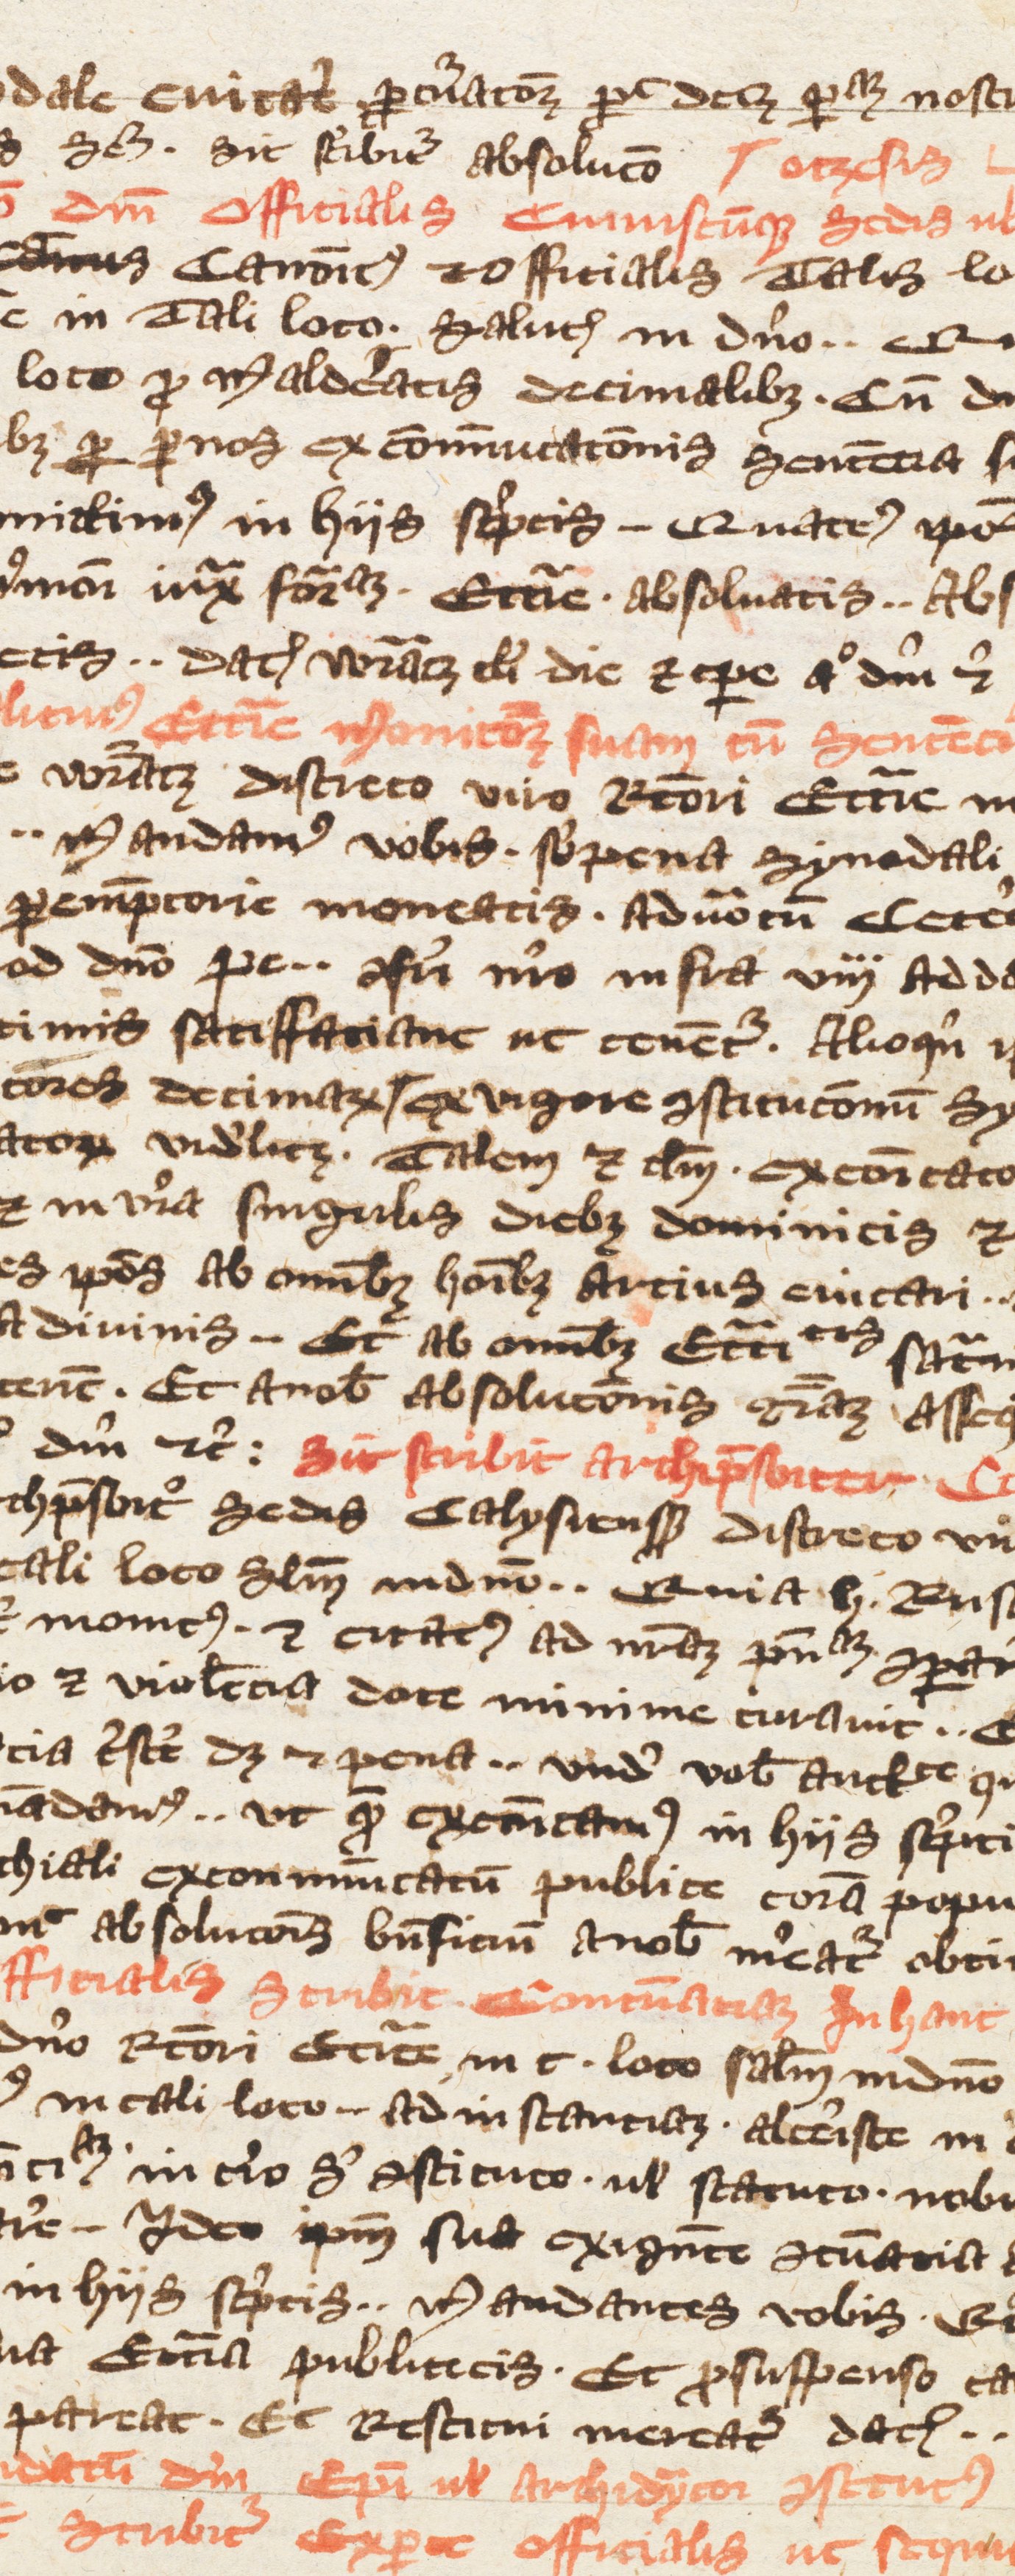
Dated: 1350–1399